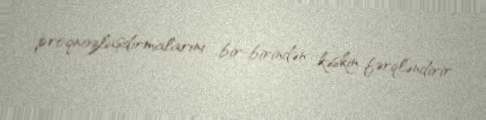
proqnozlaşdırmalarını bir-birindən kəskin fərqləndirir.